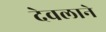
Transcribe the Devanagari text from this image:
देवलाने